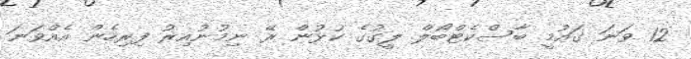
12 ވަނަ ގައުމީ ބާސްކެޓްބޯލް ލީގުގެ ކުޅުން ރޭ ނިމުނުއިރު ފިރިހެން އެއްވަނަ